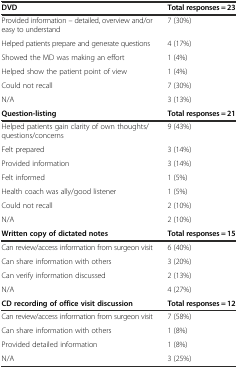
<table><thead><tr><td><b>DVD</b></td><td><b>Total responses = 23</b></td></tr></thead><tbody><tr><td>Provided information – detailed, overview and/or easy to understand</td><td>7 (30%)</td></tr><tr><td>Helped patients prepare and generate questions</td><td>4 (17%)</td></tr><tr><td>Showed the MD was making an effort</td><td>1 (4%)</td></tr><tr><td>Helped show the patient point of view</td><td>1 (4%)</td></tr><tr><td>Could not recall</td><td>7 (30%)</td></tr><tr><td>N/A</td><td>3 (13%)</td></tr><tr><td><b>Question-listing</b></td><td><b>Total responses = 21</b></td></tr><tr><td>Helped patients gain clarity of own thoughts/questions/concerns</td><td>9 (43%)</td></tr><tr><td>Felt prepared</td><td>3 (14%)</td></tr><tr><td>Provided information</td><td>3 (14%)</td></tr><tr><td>Felt informed</td><td>1 (5%)</td></tr><tr><td>Health coach was ally/good listener</td><td>1 (5%)</td></tr><tr><td>Could not recall</td><td>2 (10%)</td></tr><tr><td>N/A</td><td>2 (10%)</td></tr><tr><td><b>Written copy of dictated notes</b></td><td><b>Total responses = 15</b></td></tr><tr><td>Can review/access information from surgeon visit</td><td>6 (40%)</td></tr><tr><td>Can share information with others</td><td>3 (20%)</td></tr><tr><td>Can verify information discussed</td><td>2 (13%)</td></tr><tr><td>N/A</td><td>4 (27%)</td></tr><tr><td><b>CD recording of office visit discussion</b></td><td><b>Total responses = 12</b></td></tr><tr><td>Can review/access information from surgeon visit</td><td>7 (58%)</td></tr><tr><td>Can share information with others</td><td>1 (8%)</td></tr><tr><td>Provided detailed information</td><td>1 (8%)</td></tr><tr><td>N/A</td><td>3 (25%)</td></tr></tbody></table>